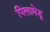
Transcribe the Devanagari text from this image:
पिलामेडू